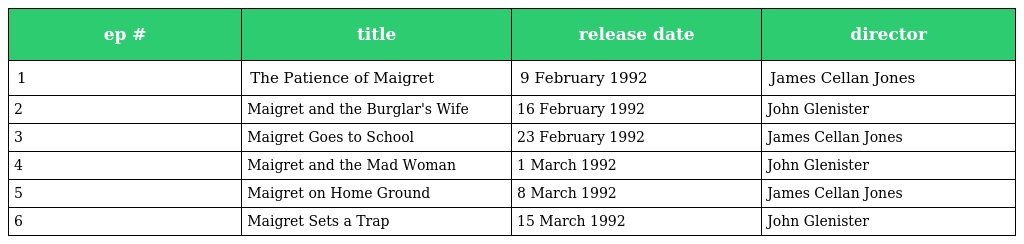
| ep # | title | release date | director |
 | --- | --- | --- | --- |
 | 1 | The Patience of Maigret | 9 February 1992 | James Cellan Jones |
 | 2 | Maigret and the Burglar's Wife | 16 February 1992 | John Glenister |
 | 3 | Maigret Goes to School | 23 February 1992 | James Cellan Jones |
 | 4 | Maigret and the Mad Woman | 1 March 1992 | John Glenister |
 | 5 | Maigret on Home Ground | 8 March 1992 | James Cellan Jones |
 | 6 | Maigret Sets a Trap | 15 March 1992 | John Glenister |